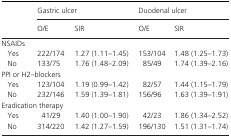
<table><thead><tr><td rowspan="2"></td><td colspan="2"><b>Gastric ulcer</b></td><td colspan="2"><b>Duodenal ulcer</b></td></tr><tr><td><b>O/E</b></td><td><b>SIR</b></td><td><b>O/E</b></td><td><b>SIR</b></td></tr></thead><tbody><tr><td colspan="5">NSAIDs</td></tr><tr><td>Yes</td><td>222/174</td><td>1.27 (1.11–1.45)</td><td>153/104</td><td>1.48 (1.25–1.73)</td></tr><tr><td>No</td><td>133/75</td><td>1.76 (1.48–2.09)</td><td>85/49</td><td>1.74 (1.39–2.16)</td></tr><tr><td colspan="5">PPI or H2–blockers</td></tr><tr><td>Yes</td><td>123/104</td><td>1.19 (0.99–1.42)</td><td>82/57</td><td>1.44 (1.15–1.79)</td></tr><tr><td>No</td><td>232/146</td><td>1.59 (1.39–1.81)</td><td>156/96</td><td>1.63 (1.39–1.91)</td></tr><tr><td colspan="5">Eradication therapy</td></tr><tr><td>Yes</td><td>41/29</td><td>1.40 (1.00–1.90)</td><td>42/23</td><td>1.86 (1.34–2.52)</td></tr><tr><td>No</td><td>314/220</td><td>1.42 (1.27–1.59)</td><td>196/130</td><td>1.51 (1.31–1.74)</td></tr></tbody></table>